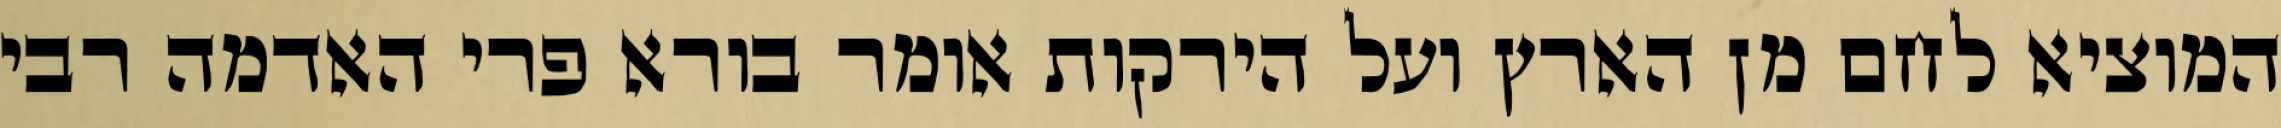
המוציא לחם מן הארץ ועל הירקות אומר בורא פרי האדמה רבי